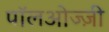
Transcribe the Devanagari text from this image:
पॉलओज्ज़ी